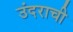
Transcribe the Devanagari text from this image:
उंदराची